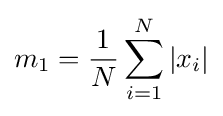
m_{1}={1 \over N}\sum _{i=1}^{N}|x_{i}|